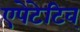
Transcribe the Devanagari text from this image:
एपेटेटिव्